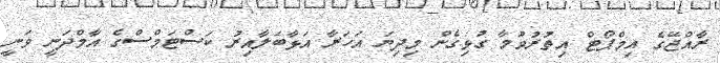
ރާއްޖޭގެ އިމްޕޯޓް އިތުރުވުމާ ގުޅިގެން މިދިޔަ އަހަރާ އަޅާބަލާއިރު ކަސްޓަމްސްގެ އާމްދަނީ ވަނީ